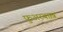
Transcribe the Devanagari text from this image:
फ़ुअरबाख़